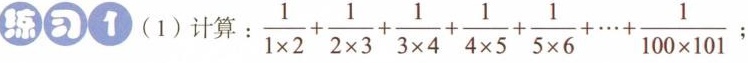
练习1 (1)计算: $$\frac { 1 } { 1 \times 2 } + \frac { 1 } { 2 \times 3 } + \frac { 1 } { 3 \times